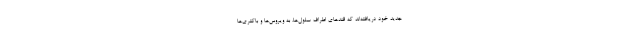
جدید خود دریافته‌اند که قندهای اطراف سلول‌ها، به ویروس‌ها و باکتری‌ها